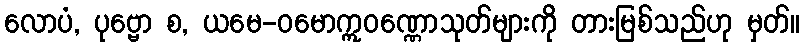
လောပံ, ပုဗ္ဗော စ, ယမေ-ဝမောဣဝဏ္ဏောသုတ်များကို တားမြစ်သည်ဟု မှတ်။